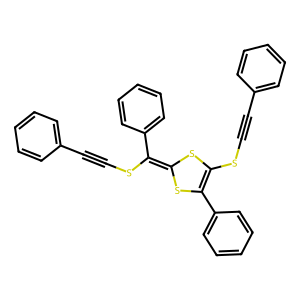
SMILES: C(#Cc1ccccc1)SC1=C(c2ccccc2)SC(=C(SC#Cc2ccccc2)c2ccccc2)S1
Inhibits HIV replication: No